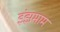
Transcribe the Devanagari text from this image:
इंझमाम